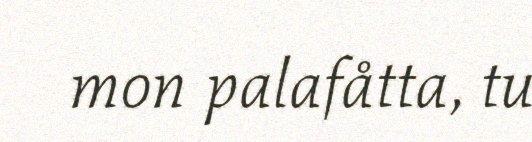
mon palafåtta, tu